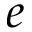
e